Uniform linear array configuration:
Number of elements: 48
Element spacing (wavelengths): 1
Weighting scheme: hann
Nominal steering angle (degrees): -60
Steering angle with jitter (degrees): -61.396
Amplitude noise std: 0.05
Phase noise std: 0.05

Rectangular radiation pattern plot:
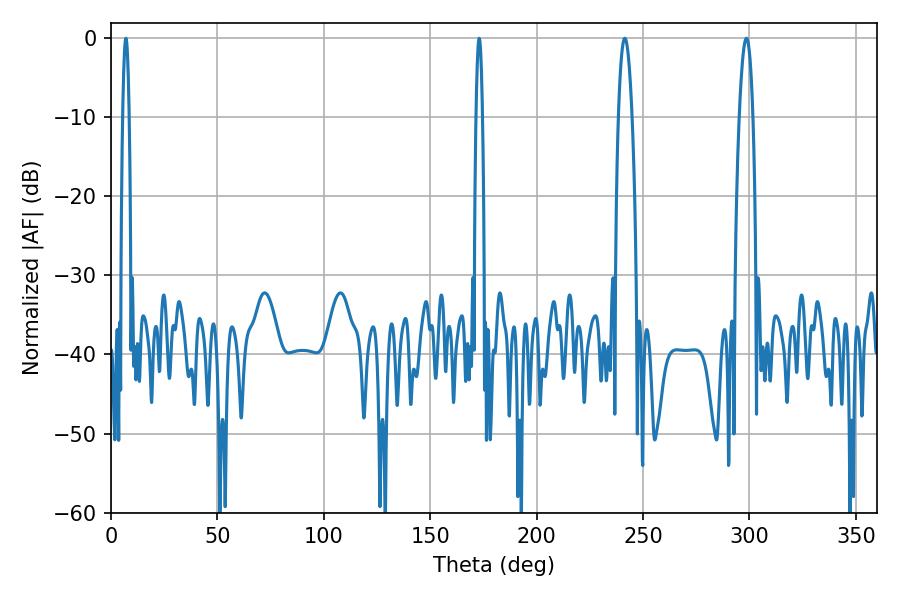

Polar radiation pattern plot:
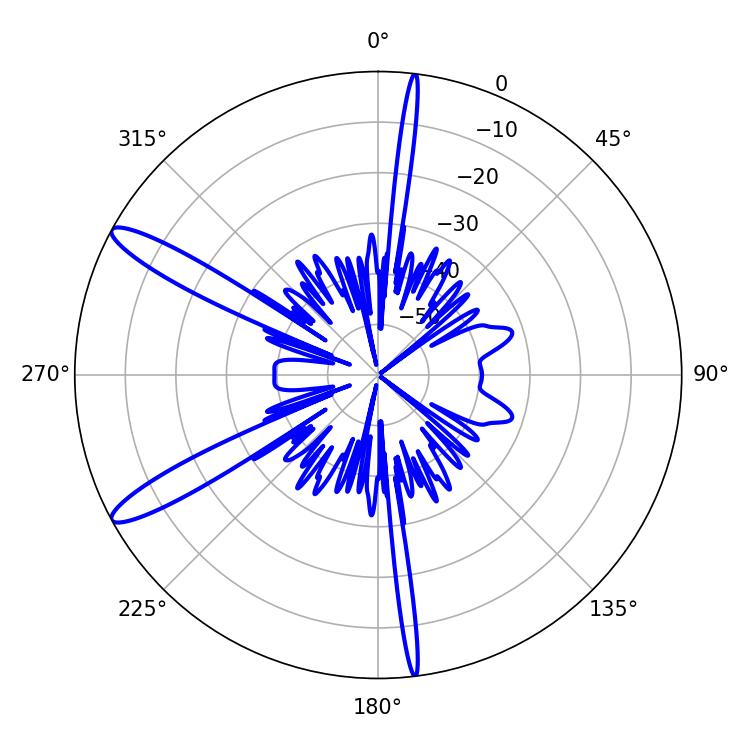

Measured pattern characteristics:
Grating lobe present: TRUE
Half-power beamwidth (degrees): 3.42
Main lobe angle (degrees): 298.62